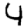
Digit: 4